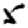
Digit: 5